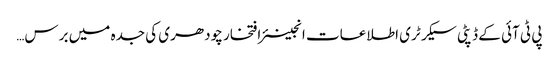
پی ٹی آئی کے ڈپٹی سیکرٹری اطلاعات انجینئر افتخار چودھری کی جدہ میں برس…